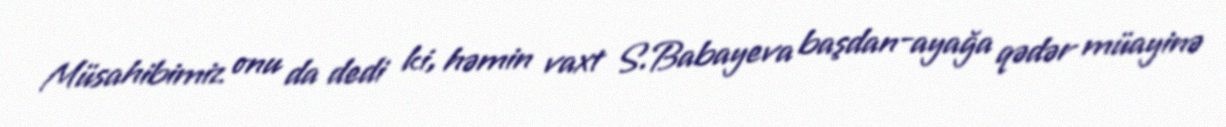
Müsahibimiz onu da dedi ki, həmin vaxt S.Babayeva başdan-ayağa qədər müayinə